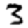
Digit: 3